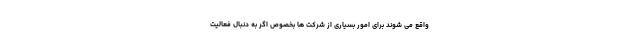
واقع می شوند برای امور بسیاری از شرکت ها بخصوص اگر به دنبال فعالیت